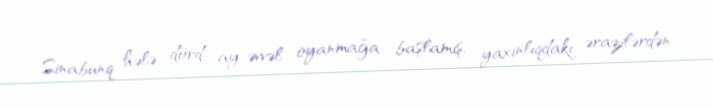
Sinabunq hələ dörd ay əvvəl oyanmağa başlamış, yaxınlıqdakı ərazilərdən